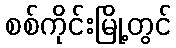
စစ်ကိုင်းမြို့တွင်